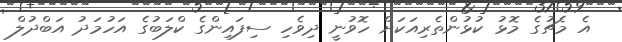
އެ މެޗުގެ މޮޅު ކުޅުންތެރިއަކަށް ހޮވުނީ ދިވެހި ސިފައިންގެ ކްލަބުގެ އަހުމަދު އަބްދުލް